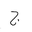
Letter: _gim